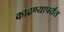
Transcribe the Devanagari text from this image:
काढण्यापर्यंत